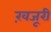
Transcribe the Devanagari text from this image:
ख़जूरी